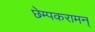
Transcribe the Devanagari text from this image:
छेम्पकरामन्